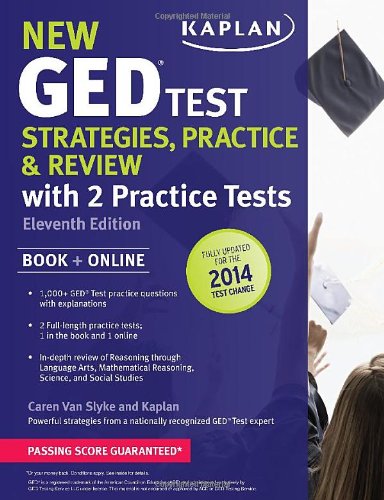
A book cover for New GEDÂ® Test Strategies, Practice, and Review with 2 Practice Tests: Book + Online Ã¢" Fully Updated for the 2014 GED (Kaplan Test Prep); Caren Van Slyke; Test Preparation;